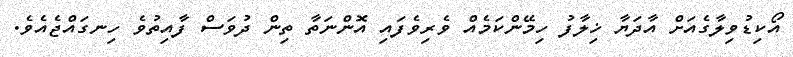
އޯކިޑުވިލާގެއަށް އާދަޔާ ޚިލާފު ހިމޭންކަމެއް ވެރިވެފައި އޮންނަތާ ތިން ދުވަސް ފާއިތުވެ ހިނގައްޖެއެވެ.